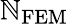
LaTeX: \mathbb{N}_{\mathrm{{FEM}}}